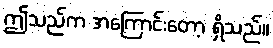
ဤသည်က အကြောင်းတော့ ရှိသည်။